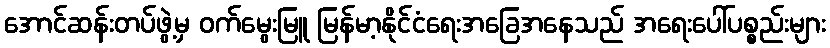
အောင်ဆန်းတပ်ဖွဲ့မှ ဝက်မွေးမြူ မြန်မာ့နိုင်ငံရေးအခြေအနေသည် အရေးပေါ်ပစ္စည်းများ